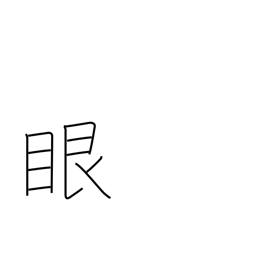
Meaning: eyeball